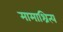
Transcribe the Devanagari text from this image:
मामाश्रित्य